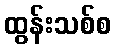
ထွန်းသစ်စ